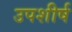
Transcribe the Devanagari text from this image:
उपशीर्ष